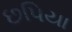
છપિયા